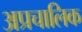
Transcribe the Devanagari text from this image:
अप्रचालिक